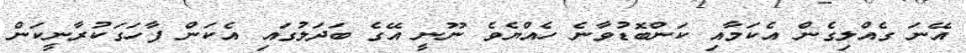
އޭނަ ގެއްލިގެން އެކަމާއި ކަންބޮޑުވާނެ ހެއްޔެވެ ނޫނީ އޭގެ ބަދަލުގައި އެކަން ފާހަގަކުރާނީކަން